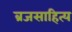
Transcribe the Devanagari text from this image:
ब्रजसाहित्य